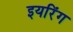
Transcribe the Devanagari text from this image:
इयरिंग